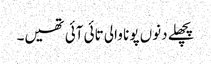
پچھلے دنوں پونا والی تائی آئی تھیں۔